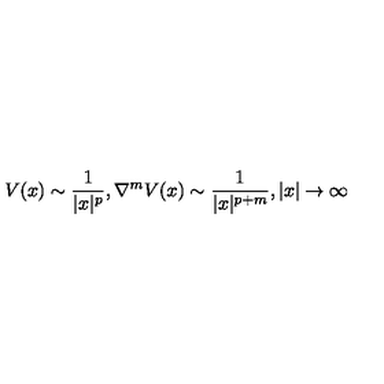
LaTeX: V ( x ) \sim \frac { 1 } { | x | ^ { p } } , \nabla ^ { m } V ( x ) \sim \frac { 1 } { | x | ^ { p + m } } , | x | \rightarrow \infty